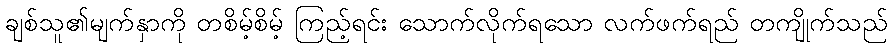
ချစ်သူ၏မျက်နှာကို တစိမ့်စိမ့် ကြည့်ရင်း သောက်လိုက်ရသော လက်ဖက်ရည် တကျိုက်သည်